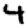
Digit: 4